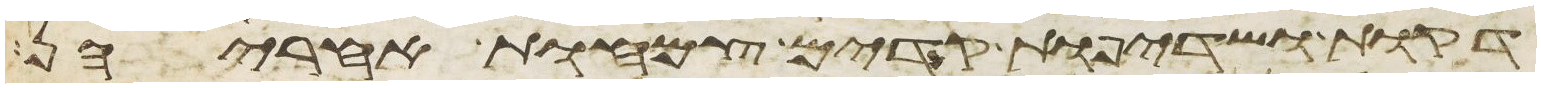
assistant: דקות ושדיפות קדים צמחות אחריהן